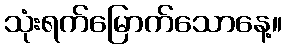
သုံးရက်မြောက်သောနေ့။